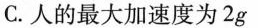
C.人的最大加速度为2g